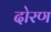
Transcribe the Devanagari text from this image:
दोरण